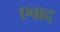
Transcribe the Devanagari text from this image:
एबाद